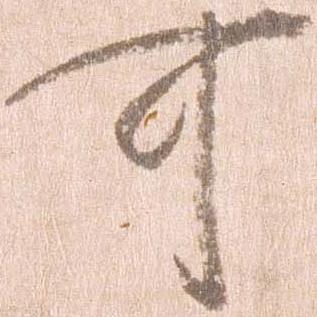
可